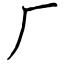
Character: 厂